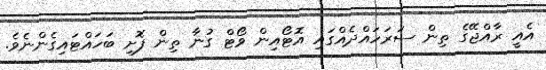
އެއީ ރާއްޖޭގެ ތިން ސަރަހައްދެއްގައި އޮޓޯއިން ވޯޓް ގުނާ ތިން ފޮށި ބަހައްޓައިގެންނެވެ.